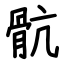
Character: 骯